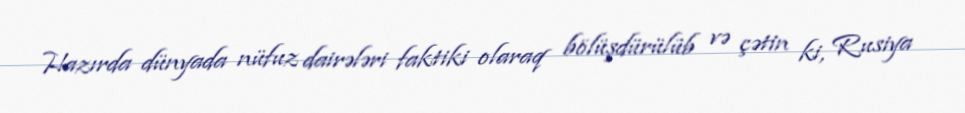
Hazırda dünyada nüfuz dairələri faktiki olaraq bölüşdürülüb və çətin ki, Rusiya